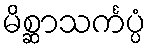
မိစ္ဆာသင်္ကပ္ပံ